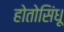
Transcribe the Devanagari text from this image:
होतोसिंधू